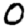
Digit: 0